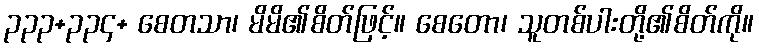
၃၃၃+၃၃၄+ စေတသာ၊ မိမိ၏စိတ်ဖြင့်။ စေတော၊ သူတစ်ပါးတို့၏စိတ်ကို။